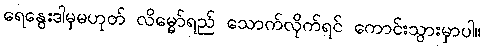
ရေနွေးဒါမှမဟုတ် လိမ္မော်ရည် သောက်လိုက်ရင် ကောင်းသွားမှာပါ။